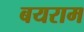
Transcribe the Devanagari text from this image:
बयराम